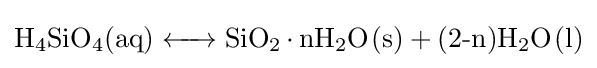
{\ce {H4SiO4(aq) <-> SiO2*nH2O(s) + (2-n)H2O(l)}}